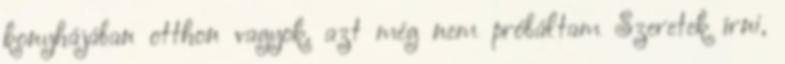
konyhájában otthon vagyok. azt még nem próbáltam Szeretek írni,